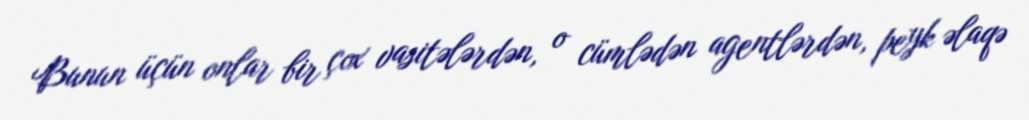
Bunun üçün onlar bir çox vasitələrdən, o cümlədən agentlərdən, peyk əlaqə